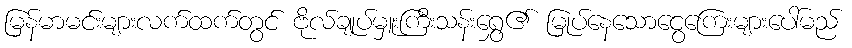
မြန်မာမင်းများလက်ထက်တွင် ဗိုလ်ချုပ်မှူးကြီးသန်းရွှေ၏ မြုပ်နေသောငွေကြေးများပေါ်မည်